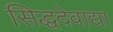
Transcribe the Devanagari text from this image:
सिद्धदेवाद्या